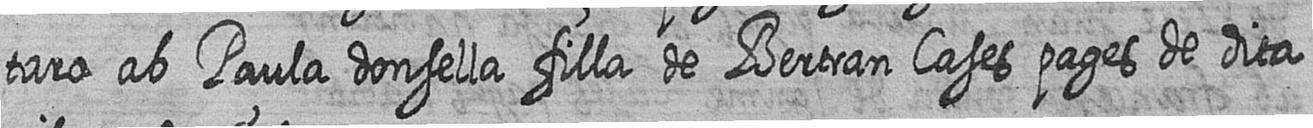
taro ab Paula donsella filla de Bertran Cases pages de dita